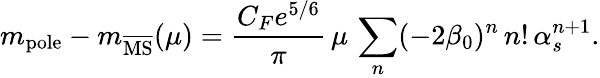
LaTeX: m_{\mathrm{pole}}-m_{\overline{{\mathrm{MS}}}}(\mu)=\frac{C_{F}e^{5/6}}{\pi}\, \mu\, \sum_{n}(-2\beta_{0})^{n}\, n!\, \alpha_{s}^{n+1}.